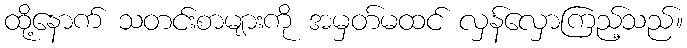
ထို့နောက် သတင်းစာများကို အမှတ်မထင် လှန်လှောကြည့်သည်။